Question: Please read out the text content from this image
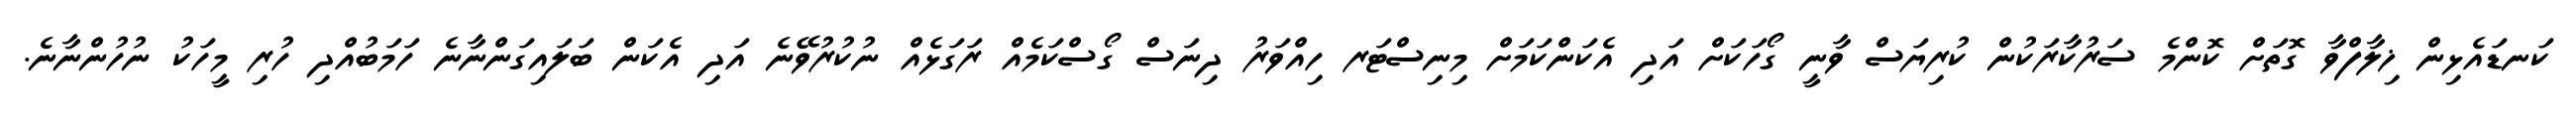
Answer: ކަނޑައެޅިން ޚިލާފްވާ ގޮތަށް ކޮންމެ ސަރުކާރަކުން ކުރިޔަސް ވާނީ ގޯހަކަށް އަދި އެކަންކަމަށް މިނިސްޓަރ ހިއްވަރު ދިނަސް ގޯސްކަމެއް ރަގަޅެއް ނުކުރުވޭނެ އަދި އެކަން ބަލައިގަންނާނެ ހަމަބުއްދި ހުރި މީހަކު ނުހުންނާނެ.